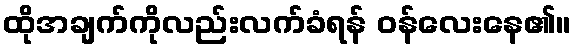
ထိုအချက်ကိုလည်းလက်ခံရန် ဝန်လေးနေ၏။